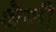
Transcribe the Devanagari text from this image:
श्रॆणी